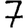
Digit: 7